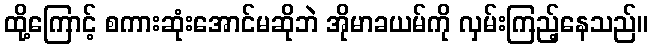
ထို့ကြောင့် စကားဆုံးအောင်မဆိုဘဲ အိုမာခယမ်ကို လှမ်းကြည့်နေသည်။